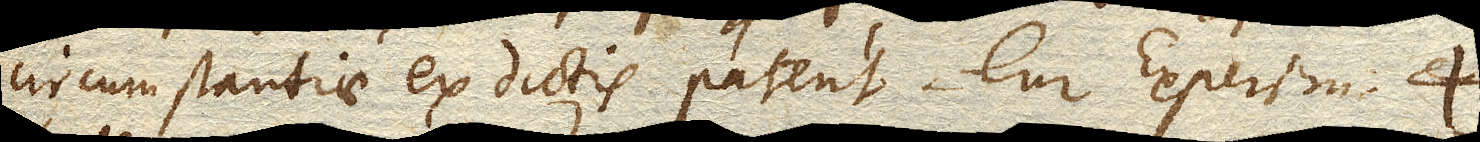
circumstantiae ex dictis patent. Cur Experim. 4.